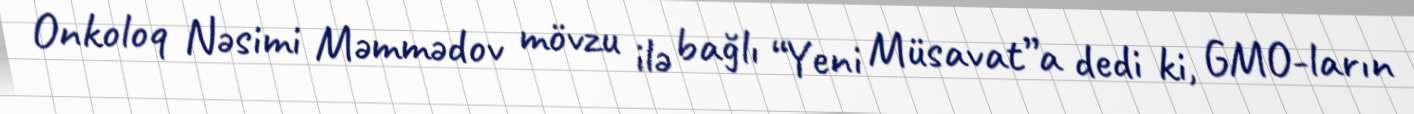
Onkoloq Nəsimi Məmmədov mövzu ilə bağlı “Yeni Müsavat”a dedi ki, GMO-ların